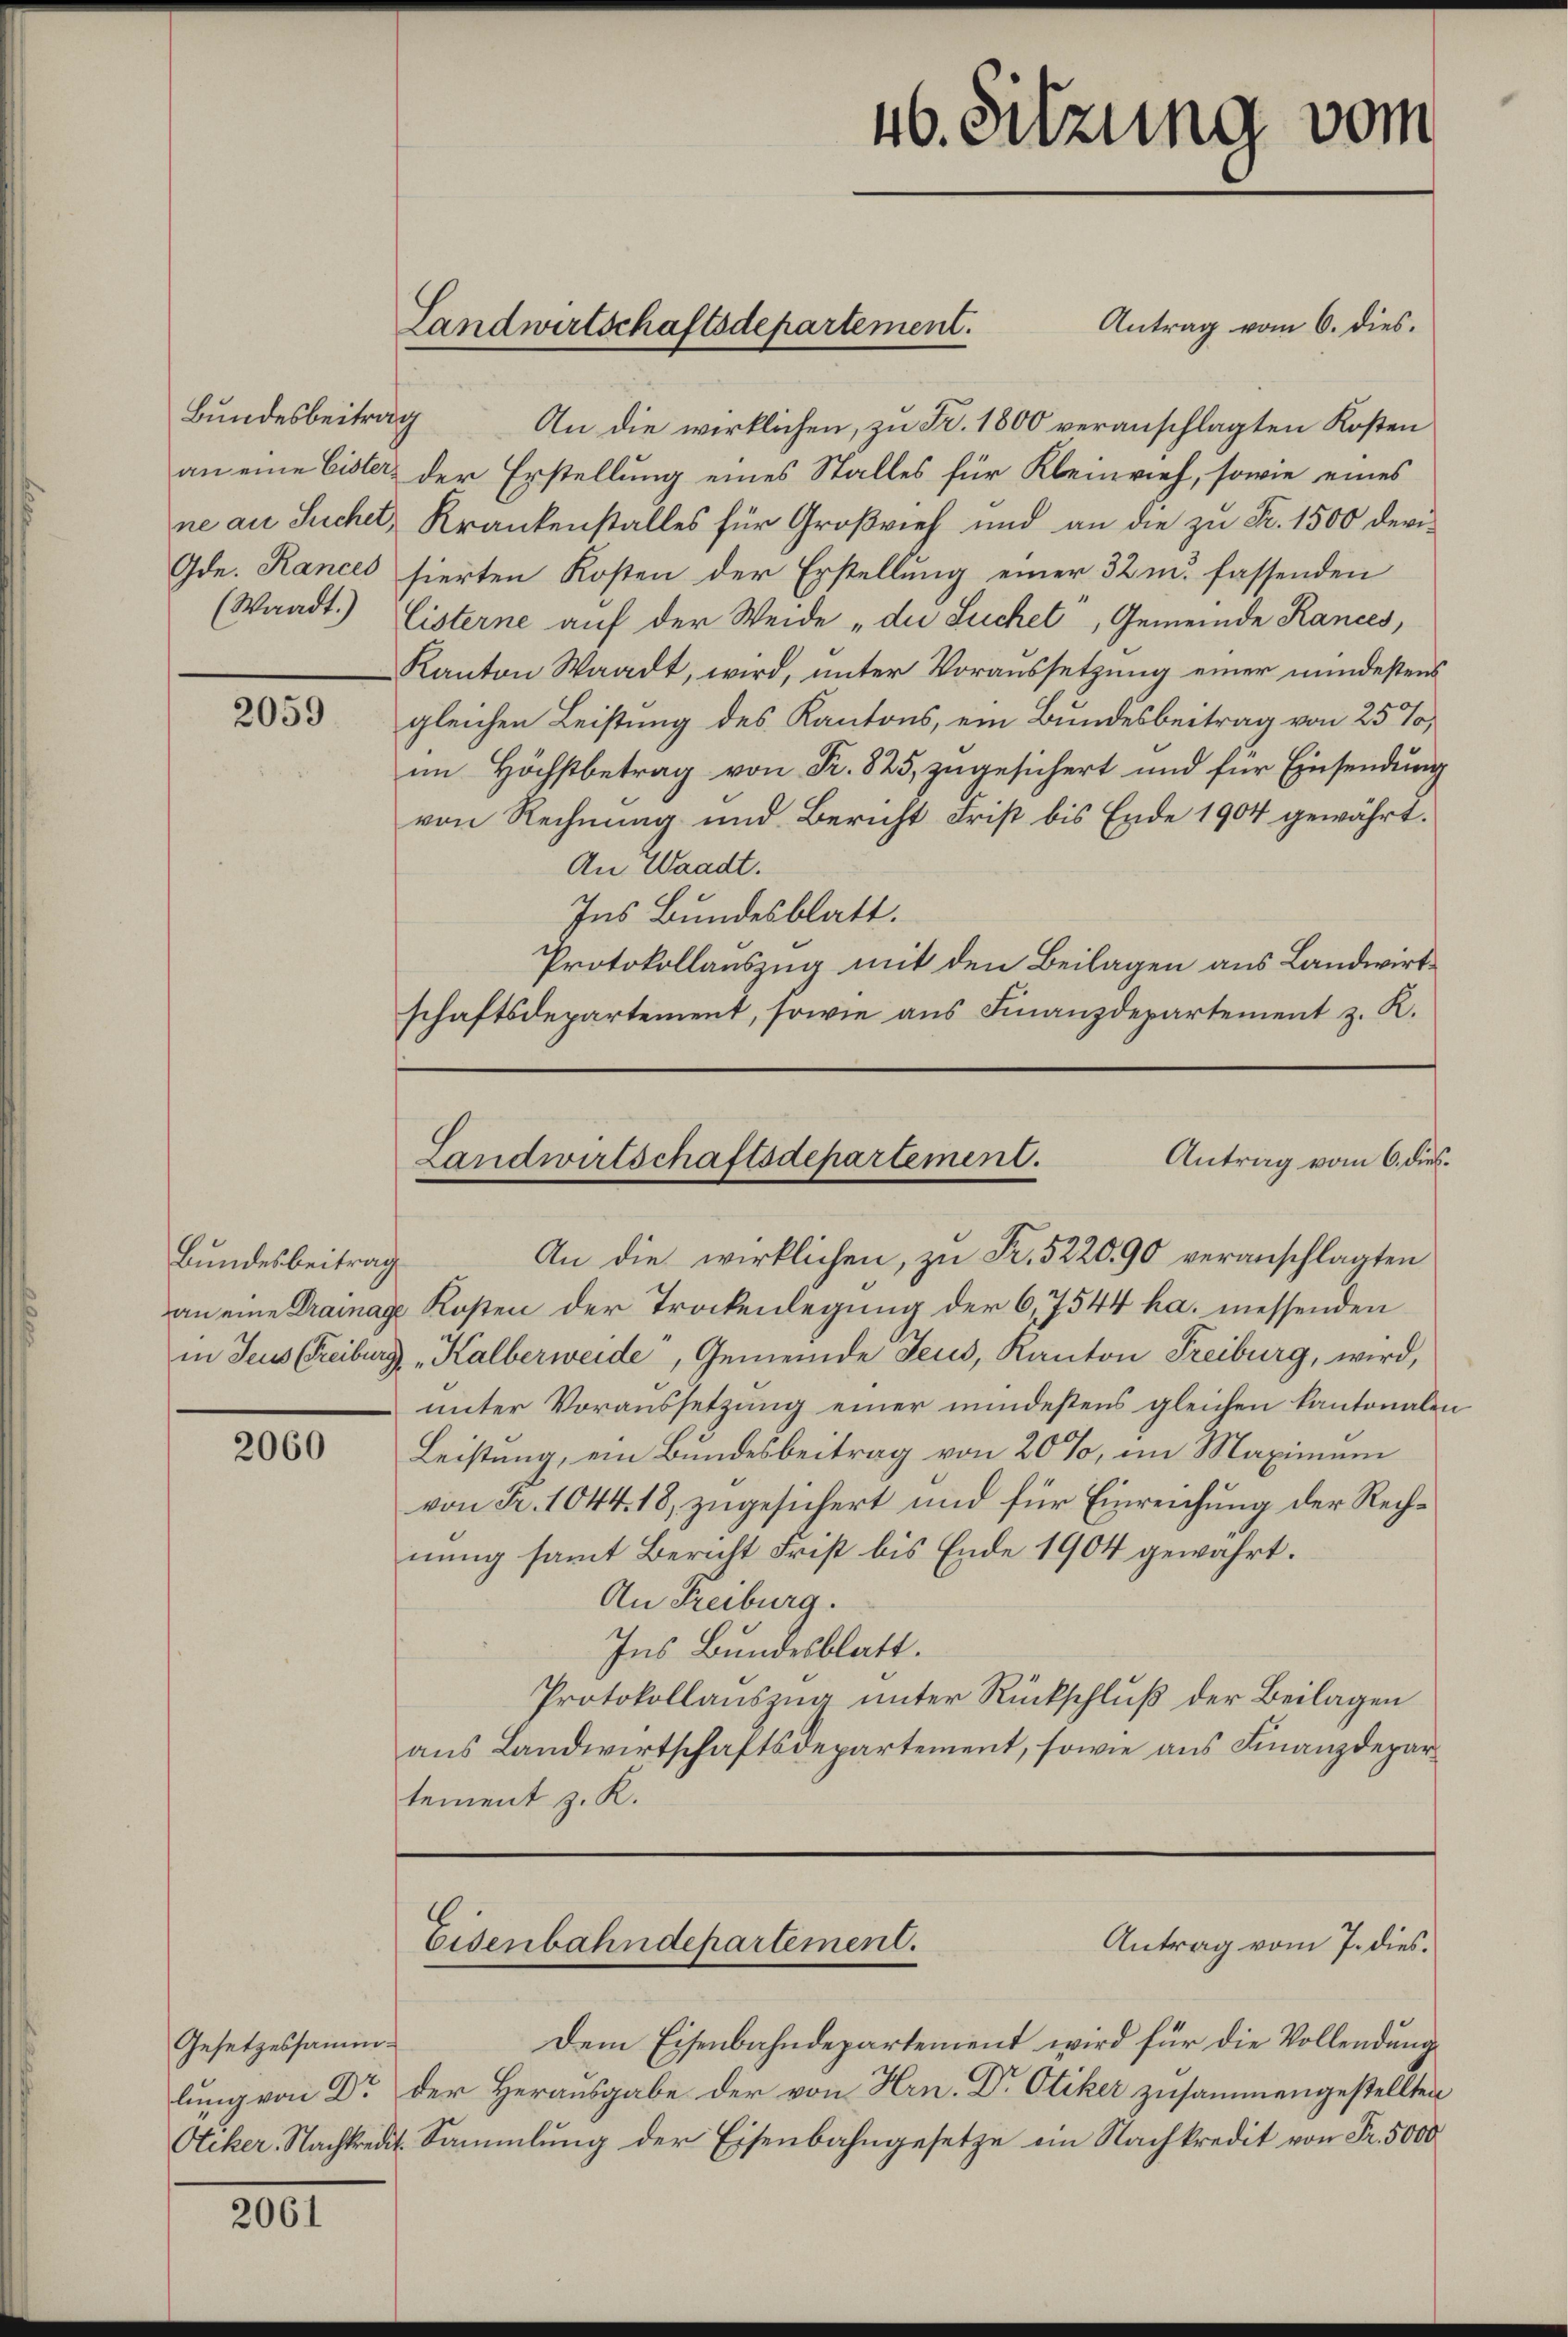
Bundesbeitrag
Gde. Rances

2059

Bundesbeitrag

2060

Gesetzessamm¬

2061

Antrag vom 6. dies.
An die wirklichen, zu Fr. 1800 veranschlagten Kosten
an eine Eister der Erstellung eines Stalles für Kleinrief, sowie eines
ne an Suchel, Krankenstalles für Großvieh und an die zu Fr. 1500 devisierten Kosten der Erstellung einer 32 u. fassenden
(Waadt.) Cisterne auf der Weide „die Suchet, Gemeinde Rances,
Kanton Waadt, wird, unter Voraussetzung einer mindestens
gleichen Leistung des Kantons, ein Bundesbeitrag von 25%,
im Höchstbetrag von Fr. 825, zugesichert und für Einsendung
von Rechnung und Bericht Frist bis Ende 1904 gewährt.
An Waadt.
Ins Bundesblatt.
Protokollauszug mit den Beilagen aus Landwirt
schaftsdepartement, sowie aus Finanzdepartement z. R.

Landwirtschaftsdepartement.

An die wirklichen, zŭ Fr. 522090 veranschlagten
an eine Drainage Kosten der Trockenlegung der 6,7544 ha. messenden
in Jeus (Freiburg "Kalberweide, Gemeinde Jeus, Kanton Freiburg, wird,
unter Voraussetzung einer mindestens gleichen kantonalen
Leistung, ein Bundesbeitrag von 20%, im Maximum
von Fr. 1044. 18, zugesichert und für Einreichung der Rechnung samt Bericht Frist bis Ende 1904 gewahrt.
An Freiburg.
Ins Bundesblatt.
Protokollauszug unter Rückschluß der Beilagen
aus Landwirtschaftsdepartement, sowie aus Finanzdepartement z. K.

46. Sitzung vom

Antrag vom 6. dies
Landwirtschaftsdepartement.

Antrag vom 7. dies
Eisenbahndepartement.

Dem Eisenbahndepartement wird für die Vollendung
lung von Dr der Herausgabe der von Hrn. Dr Otiker zusammengestellten
Ocker, Nachtredit. Sammlung der Eisenbahngesetze ein Nachkredit von Fr. 5000